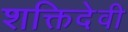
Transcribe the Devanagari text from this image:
शक्तिदेवी